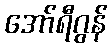
အော်ရီဂွန်